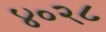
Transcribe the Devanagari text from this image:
४०२८